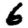
Digit: 6